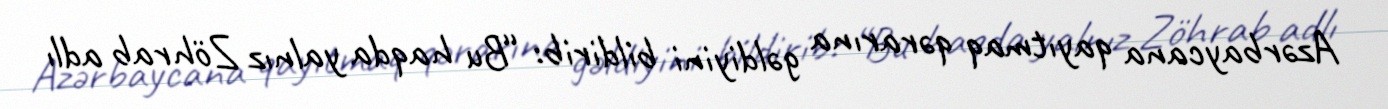
Azərbaycana qayıtmaq qərarına gəldiyini bildirib: “Bu haqda yalnız Zöhrab adlı